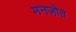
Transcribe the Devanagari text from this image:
मनजोत